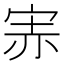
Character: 𡨁